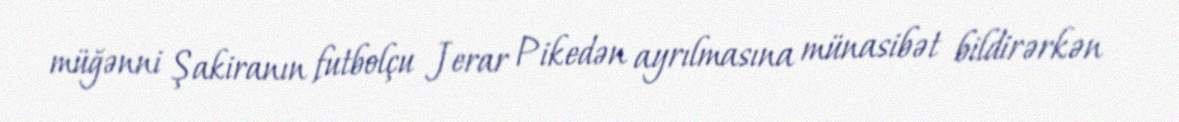
müğənni Şakiranın futbolçu Jerar Pikedən ayrılmasına münasibət bildirərkən